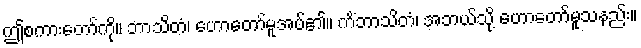
ဤစကားတော်ကို။ ဘာသိတံ၊ ဟောတော်မူအပ်၏။ ကိံဘာသိတံ၊ အဘယ်သို့ ဟောတော်မူသနည်း။